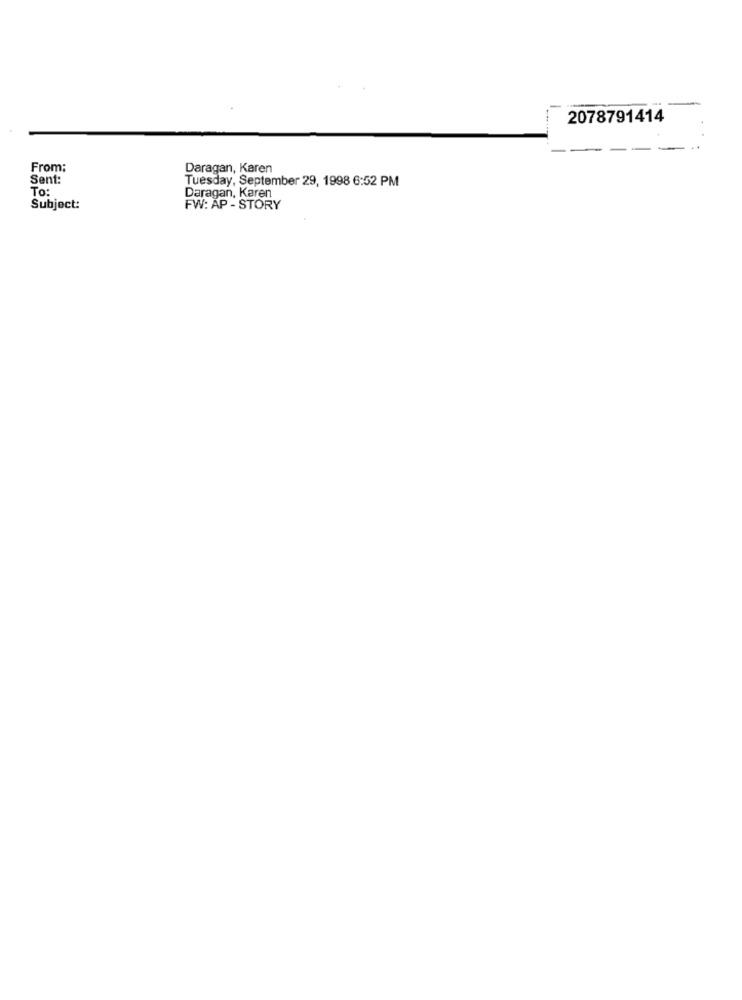
2078791414
From:
Daragan, Karen
Sent:
Tuesday, September 29, 1998 6:52 PM
To:
Daragan, Karen
Subject:
FW: AP - STORY